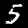
Digit: 5